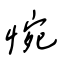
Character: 惋